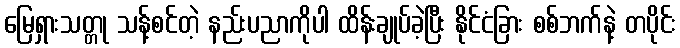
မြေရှားသတ္တု သန့်စင်တဲ့ နည်းပညာကိုပါ ထိန်းချုပ်ခဲ့ပြီး နိုင်ငံခြား စစ်ဘက်နဲ့ တပိုင်း